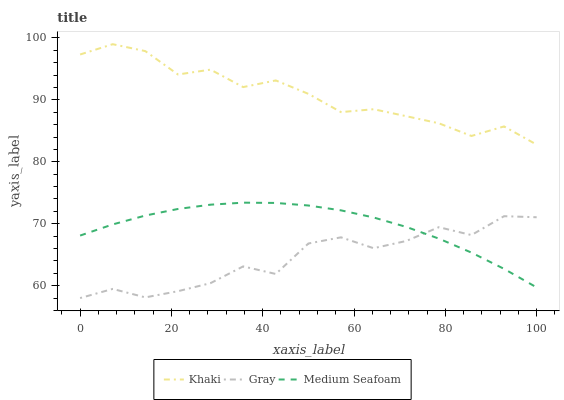
| xaxis_label | Khaki | Gray | Medium Seafoam |
 | --- | --- | --- | --- |
 | 0 | 97.3 | 58 | 68.1 |
 | 7.14 | 99 | 59.5 | 69.9 |
 | 14.3 | 97.9 | 58.1 | 71.3 |
 | 21.4 | 94.1 | 59.1 | 72.4 |
 | 28.6 | 94.9 | 60.4 | 73.1 |
 | 35.7 | 92.1 | 63.1 | 73.4 |
 | 42.9 | 93.1 | 61.9 | 73.4 |
 | 50 | 91 | 66.8 | 72.9 |
 | 57.1 | 88 | 67.8 | 72.2 |
 | 64.3 | 88.5 | 66 | 71 |
 | 71.4 | 87.4 | 67.2 | 69.5 |
 | 78.6 | 86.2 | 69.4 | 67.6 |
 | 85.7 | 84.2 | 68.2 | 65.3 |
 | 92.9 | 85.7 | 71.2 | 62.7 |
 | 100 | 82.8 | 71 | 59.7 |